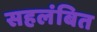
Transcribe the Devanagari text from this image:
सहलंबित